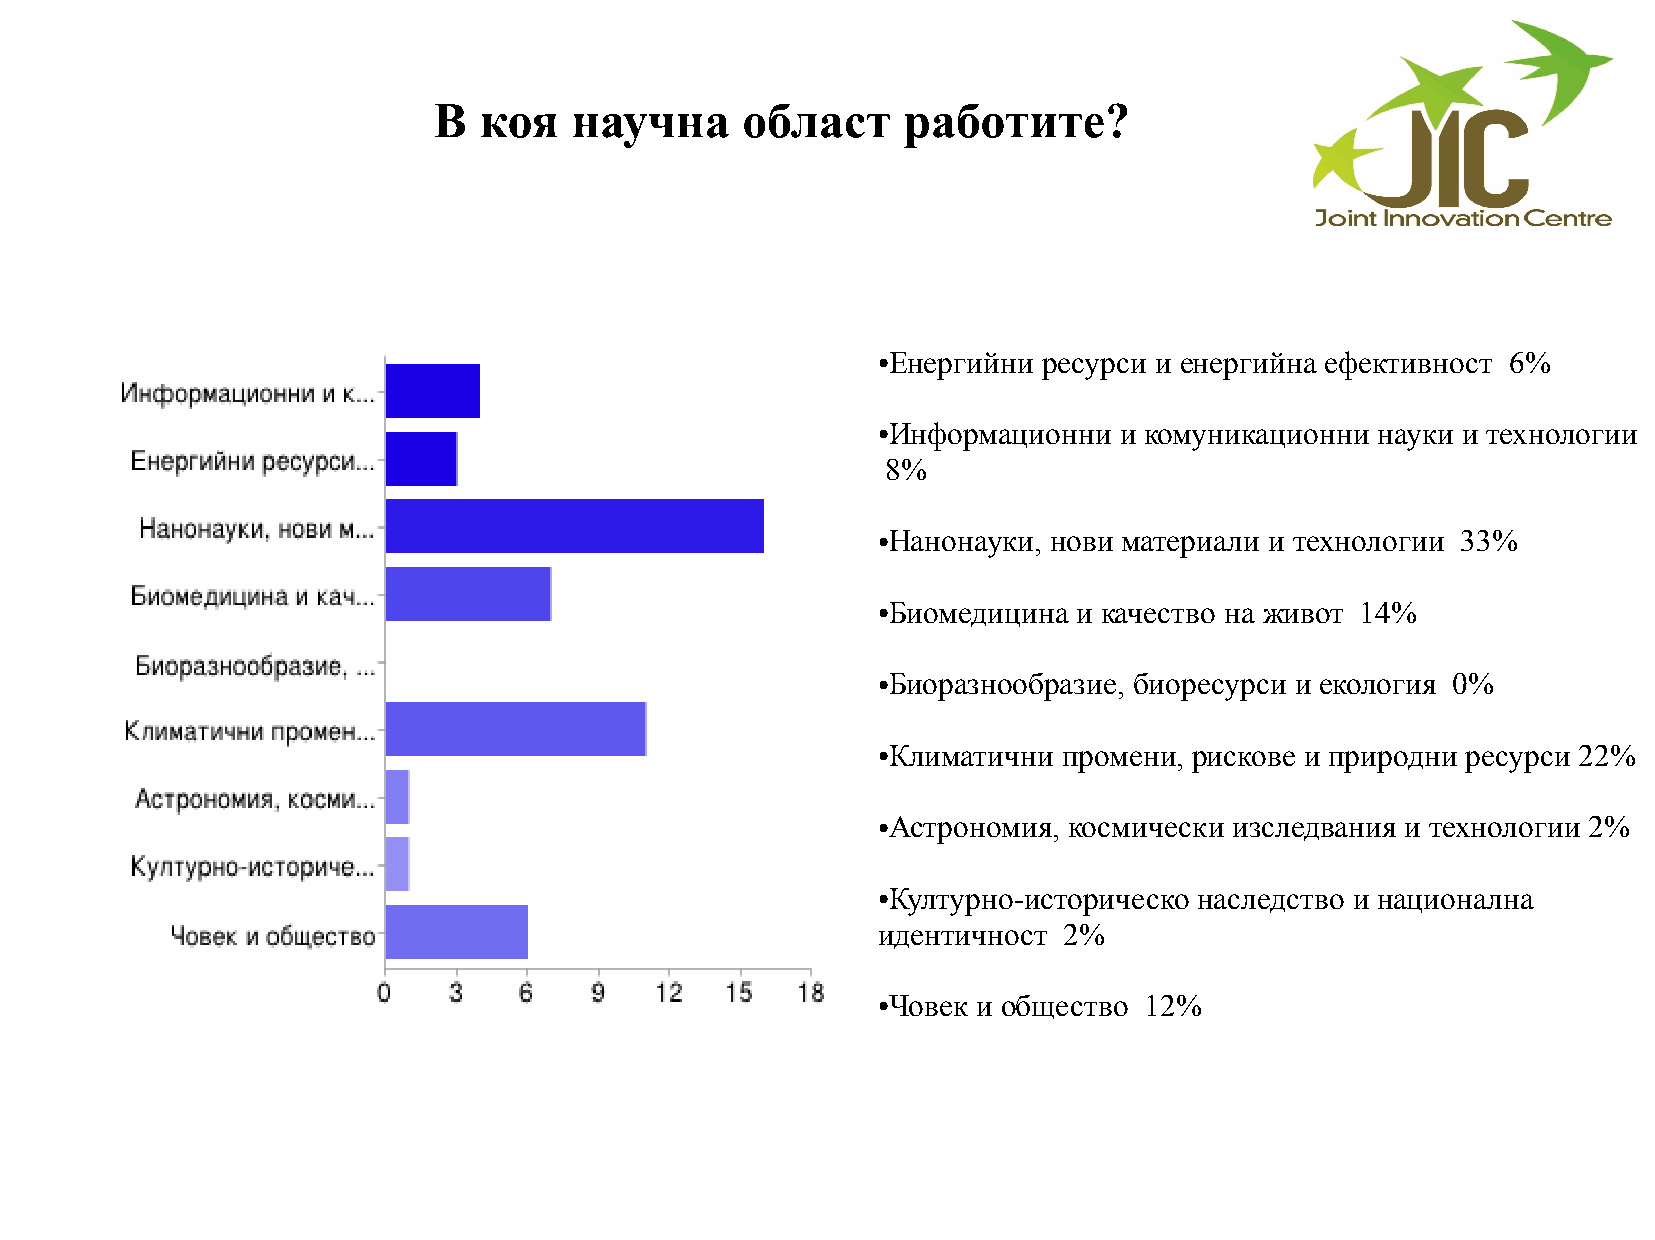
В  коя   научна     област     работите?
 Енергийни ресурси и енергийна ефективност 6%
 ●
 Информационни  и комуникационни науки и технологии
 ●
 8%
 Нанонауки, нови материали и технологии 33%
 ●
 Биомедицина и качество на живот 14%
 ●
 Биоразнообразие, биоресурси и екология 0%
 ●
 Климатични промени, рискове и природни ресурси 22%
 ●
 Астрономия, космически изследвания и технологии 2%
 ●
 Културно-историческо наследство и национална
 ●
 идентичност 2%
 Човек и общество 12%
 ●